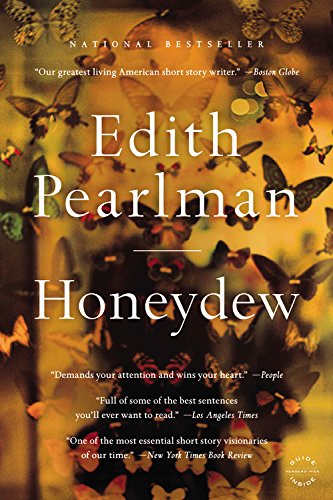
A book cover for Honeydew: Stories; Edith Pearlman; Literature & Fiction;